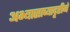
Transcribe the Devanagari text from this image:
अभ्यासाच्यादृष्टीने